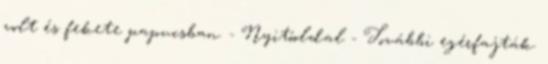
volt és fekete papucsban. - Nyitóoldal - További egérfajták.